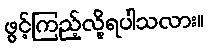
ဖွင့်ကြည့်လို့ရပါသလား။